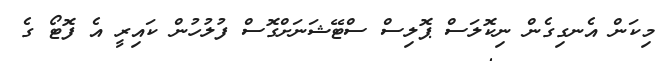
މިކަން އެނގިގެން ނިކޮލަސް ޕޮލިސް ސްޓޭޝަނަށްގޮސް ފުލުހުން ކައިރީ އެ ފޮޓޯ ގެ